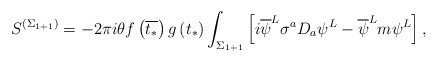
\begin{align*}S^{\left( \Sigma _{1+1}\right) }=-2\pi i\theta f\left( \overline{t_{*}}\right) g\left( t_{*}\right) \int _{\Sigma _{1+1}}\left[ i\overline{\psi }^{L}\sigma ^{a}D_{a}\psi ^{L}-\overline{\psi }^{L}m\psi ^{L}\right] ,\end{align*}